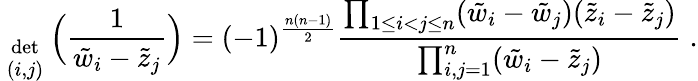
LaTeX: {\; \atop{\mathrm{det}\atop{\scriptstyle(i,j)}}}\Big(\frac{1}{\tilde{w}_{i}-\tilde{z}_{j}}\Big)=(-1)^{\frac{n(n-1)}{2}}\frac{\prod_{1\leq i<j\leq n}(\tilde{w}_{i}-\tilde{w}_{j})(\tilde{z}_{i}-\tilde{z}_{j})}{\prod_{i,j=1}^{n}(\tilde{w}_{i}-\tilde{z}_{j})}\; .